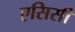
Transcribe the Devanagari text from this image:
एसिसी